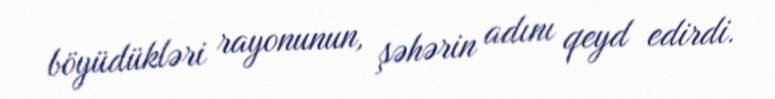
böyüdükləri rayonunun, şəhərin adını qeyd edirdi.